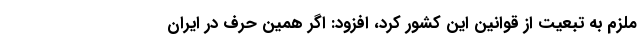
ملزم به تبعیت از قوانین این کشور کرد، افزود: اگر همین حرف در ایران